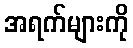
အရက်များကို